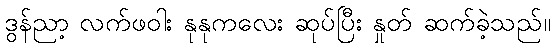
ဒွန်ညာ့ လက်ဖဝါး နုနုကလေး ဆုပ်ပြီး နှုတ် ဆက်ခဲ့သည်။